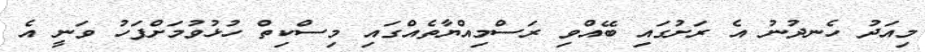
މިއަދު ހެނދުނު އެ ރަށުގައި ބޭއްވި ރަސްމިއްޔާތެއްގައި މިސްކިތް ހުޅުވުމަށްފަހު ވަނީ އެ